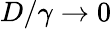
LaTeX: D/\gamma\to 0